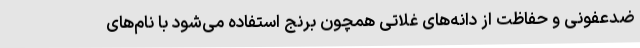
ضدعفونی و حفاظت از دانه‌های غلاتی همچون برنج استفاده می‌شود با نام‌های